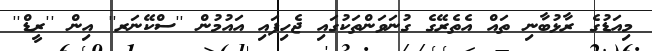
މިއަޑުގެ ރާޅުބާނި ތައް އެތެރޭގެ ގުނަވަންތަކުގައި ޖެހިފައި އައުމުން ''ސްކޭނަރ'' އިން ''ރީޑް''